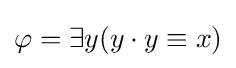
\varphi =\exists y(y\cdot y\equiv x)